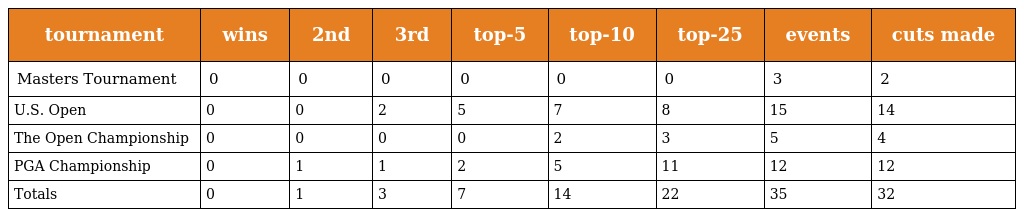
| tournament | wins | 2nd | 3rd | top-5 | top-10 | top-25 | events | cuts made |
 | --- | --- | --- | --- | --- | --- | --- | --- | --- |
 | Masters Tournament | 0 | 0 | 0 | 0 | 0 | 0 | 3 | 2 |
 | U.S. Open | 0 | 0 | 2 | 5 | 7 | 8 | 15 | 14 |
 | The Open Championship | 0 | 0 | 0 | 0 | 2 | 3 | 5 | 4 |
 | PGA Championship | 0 | 1 | 1 | 2 | 5 | 11 | 12 | 12 |
 | Totals | 0 | 1 | 3 | 7 | 14 | 22 | 35 | 32 |